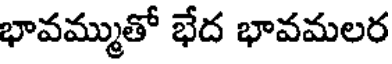
భావమ్ముతో భేద భావమలర